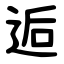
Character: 逅